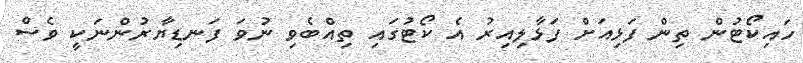
ހައިކޯޓުން ތިން ފަޅިއަށް ފަޅާލިއިރު އެ ކޯޓުގައި ތިއްބެވި ނުވަ ފަނޑިޔާރުންނަކީ ވެސް